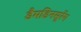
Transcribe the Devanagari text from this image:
डैमडिनसूरेंग